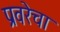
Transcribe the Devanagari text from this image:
प्रवरेचा